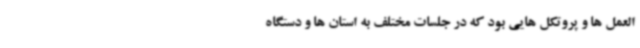
العمل ها و پروتکل هایی بود که در جلسات مختلف به استان ها و دستگاه